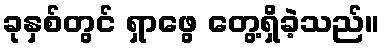
ခုနှစ်တွင် ရှာဖွေ တွေ့ရှိခဲ့သည်။